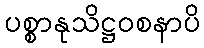
ပစ္စာနုသိဋ္ဌဝစနာပိ